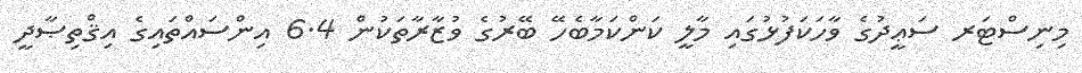
މިނިސްޓަރ ސަޢީދުގެ ވާހަކަފުޅުގައި މާލީ ކަންކަމާބެހޭ ބޭރުގެ ވުޒާރާތަކުން 6.4 އިންސައްތައިގެ އިޤްތިޞާދީ